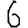
Digit: 6